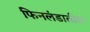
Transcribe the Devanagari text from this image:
फिनलंडातील